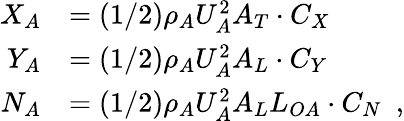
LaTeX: \begin{array}{r}{\begin{array}{rl}{X_{A}}&{=(1/2)\rho_{A}U_{A}^{2}A_{T}\cdot C_{X}}\\ {Y_{A}}&{=(1/2)\rho_{A}U_{A}^{2}A_{L}\cdot C_{Y}}\\ {N_{A}}&{=(1/2)\rho_{A}U_{A}^{2}A_{L}L_{OA}\cdot C_{N}\enspace,}\end{array}}\end{array}